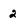
Character: 2